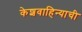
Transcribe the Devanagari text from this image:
केशवाहिन्याची